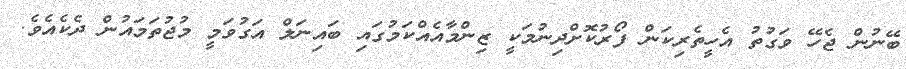
ބޭނުން ޖެހޭ ވަގުތު އެހީތެރިކަން ފޯރުކޮށްދިނުމަކީ ޒިންމާއެއްކަމުގައި ބައިނަލް އަގުވަމީ މުޖުތަމައުން ދެކެއެވެ.